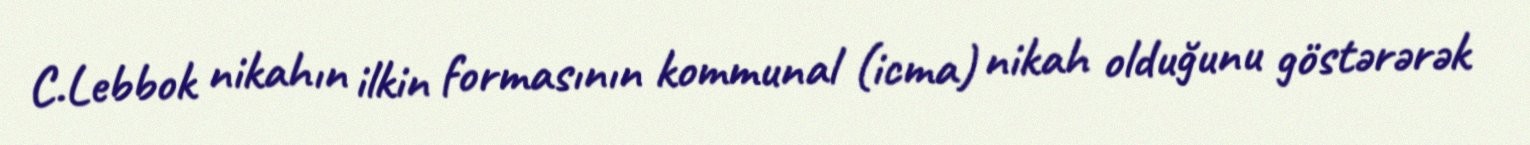
C.Lebbok nikahın ilkin formasının kommunal (icma) nikah olduğunu göstərərək